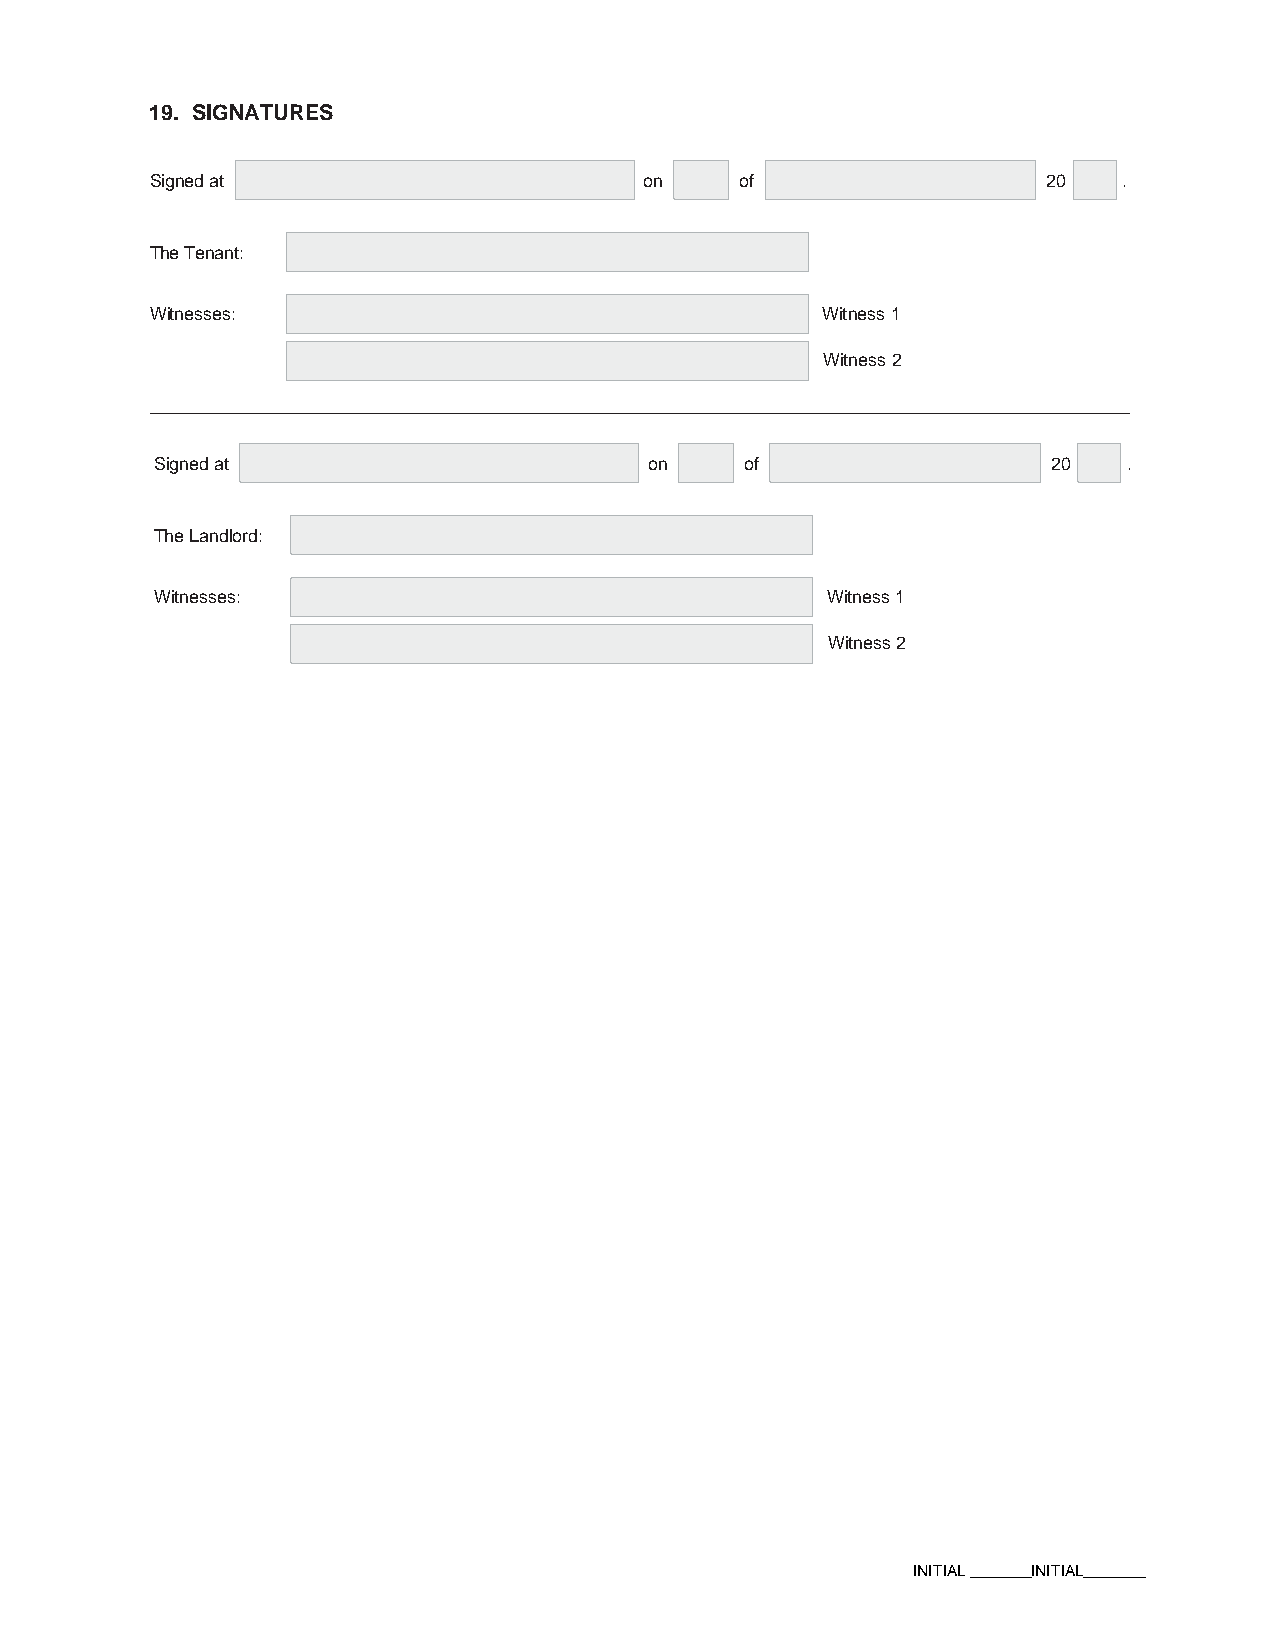
19. SIGNATURES
 Signed at                        on    of                  20   .
 The Tenant:
 Witnesses:                                  Witness 1
 Witness 2
 Signed at                        on    of                   20   .
 The Landlord:
 Witnesses:                                   Witness 1
 Witness 2
 INITIAL _______INITIAL_______